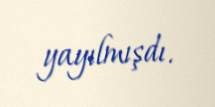
yayılmışdı.